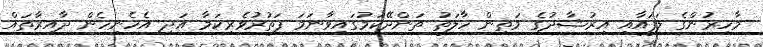
މާހިރުންގެ ލަފައާއި އިރުޝާދުގެ މަތިން ހާލަތު ތަންދޭކަމުގައިވާނަމަ ފަތުރުވެރިކަމާ އަދި އެހެނިހެން ދާއިރާތައް